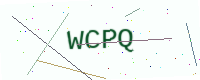
Text: WCPQ